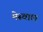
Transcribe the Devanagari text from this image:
मेस्वाल